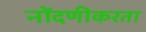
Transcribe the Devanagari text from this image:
नोंदणीकरता